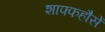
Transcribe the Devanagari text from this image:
शाफ्फहौसें